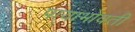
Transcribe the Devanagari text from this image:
पायाभोवती